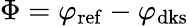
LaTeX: \Phi=\varphi_{\mathrm{ref}}-\varphi_{\mathrm{dks}}